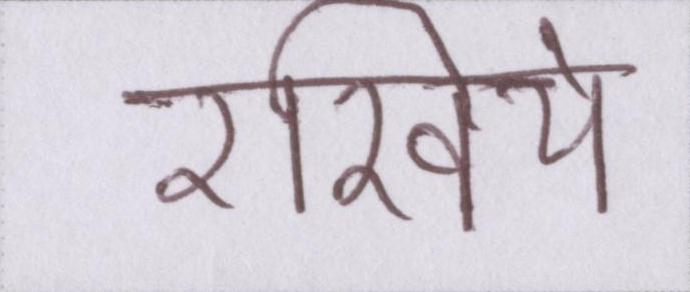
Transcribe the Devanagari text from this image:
रखिये